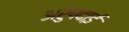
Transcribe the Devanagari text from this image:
अरुपदाई